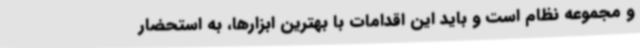
و مجموعه نظام است و باید این اقدامات با بهترین ابزارها، به استحضار